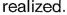
realized.